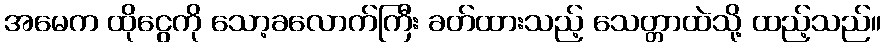
အမေက ထိုငွေကို သော့ခလောက်ကြီး ခတ်ထားသည့် သေတ္တာထဲသို့ ထည့်သည်။